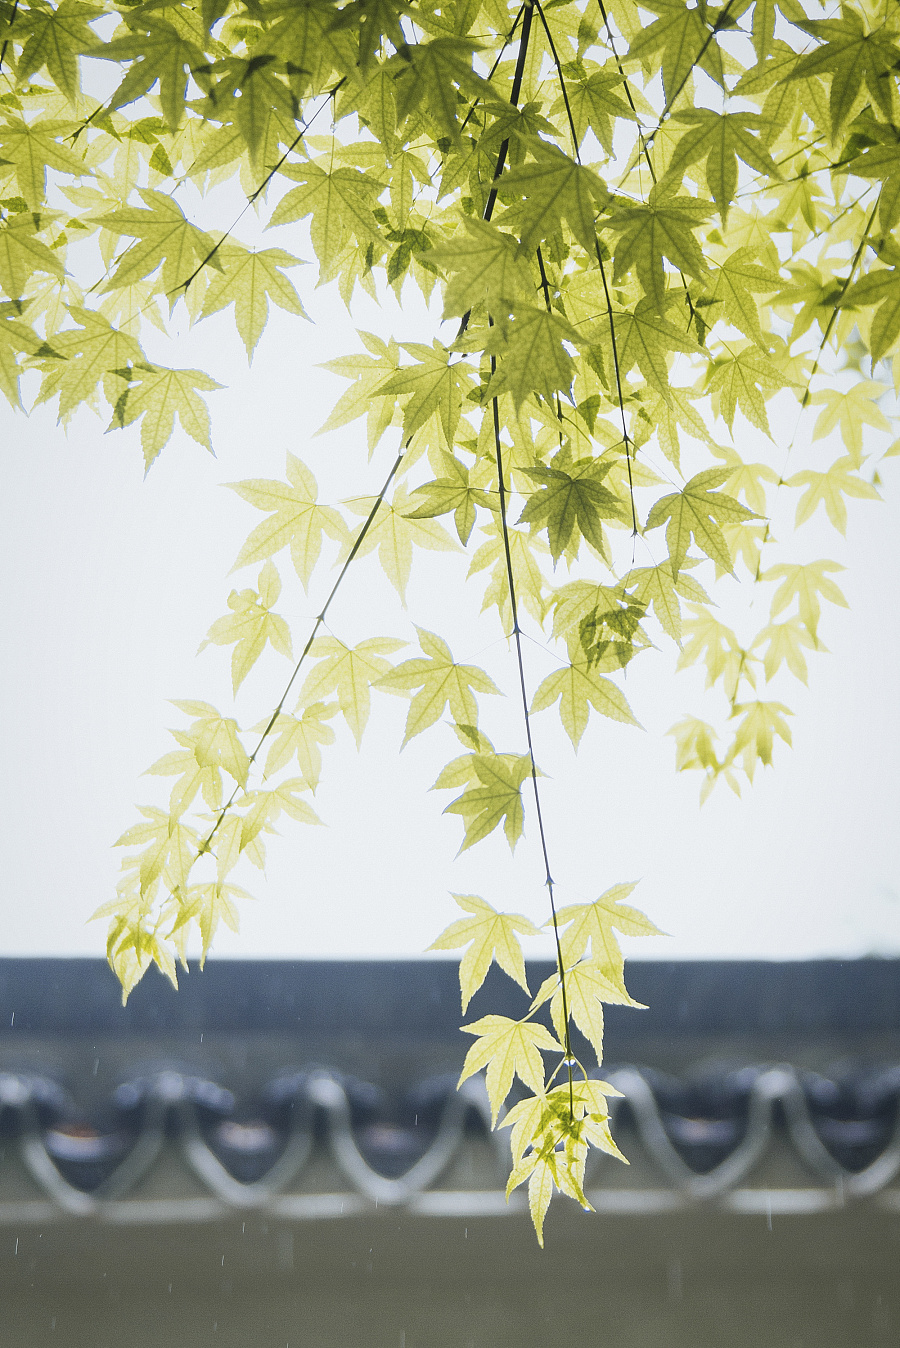
细雨湿衣看不见，闲花落地听无声。